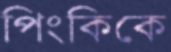
পিংকিকে